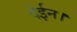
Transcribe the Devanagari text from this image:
देईन।